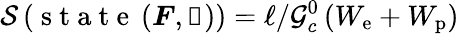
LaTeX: \mathcal{S}\left(\mathrm{~s~t~a~t~e~}\left(\boldsymbol{F},\boldsymbol{\upalpha}\right)\right)=\ell/\mathcal{G}_{c}^{0}\left(W_{\mathrm{e}}+W_{\mathrm{p}}\right)